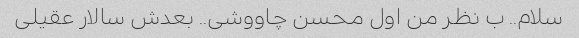
سلام.. ب نظر من اول محسن چاووشی.. بعدش سالار عقیلی